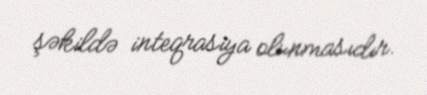
şəkildə inteqrasiya olunmasıdır.